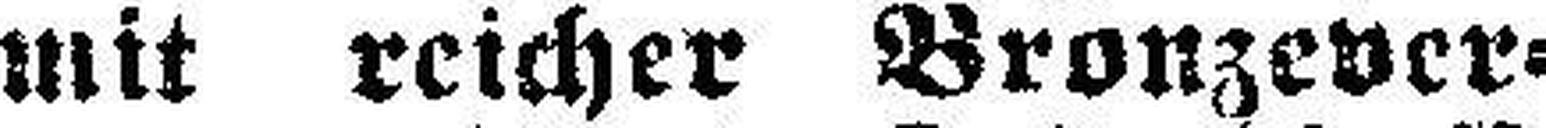
mit reicher Bronzever¬